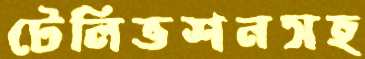
টেলিভশনসহ